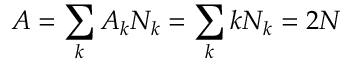
A = \sum _ { k } A _ { k } N _ { k } = \sum _ { k } k N _ { k } = 2 N